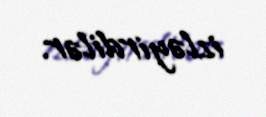
izləyirdilər.